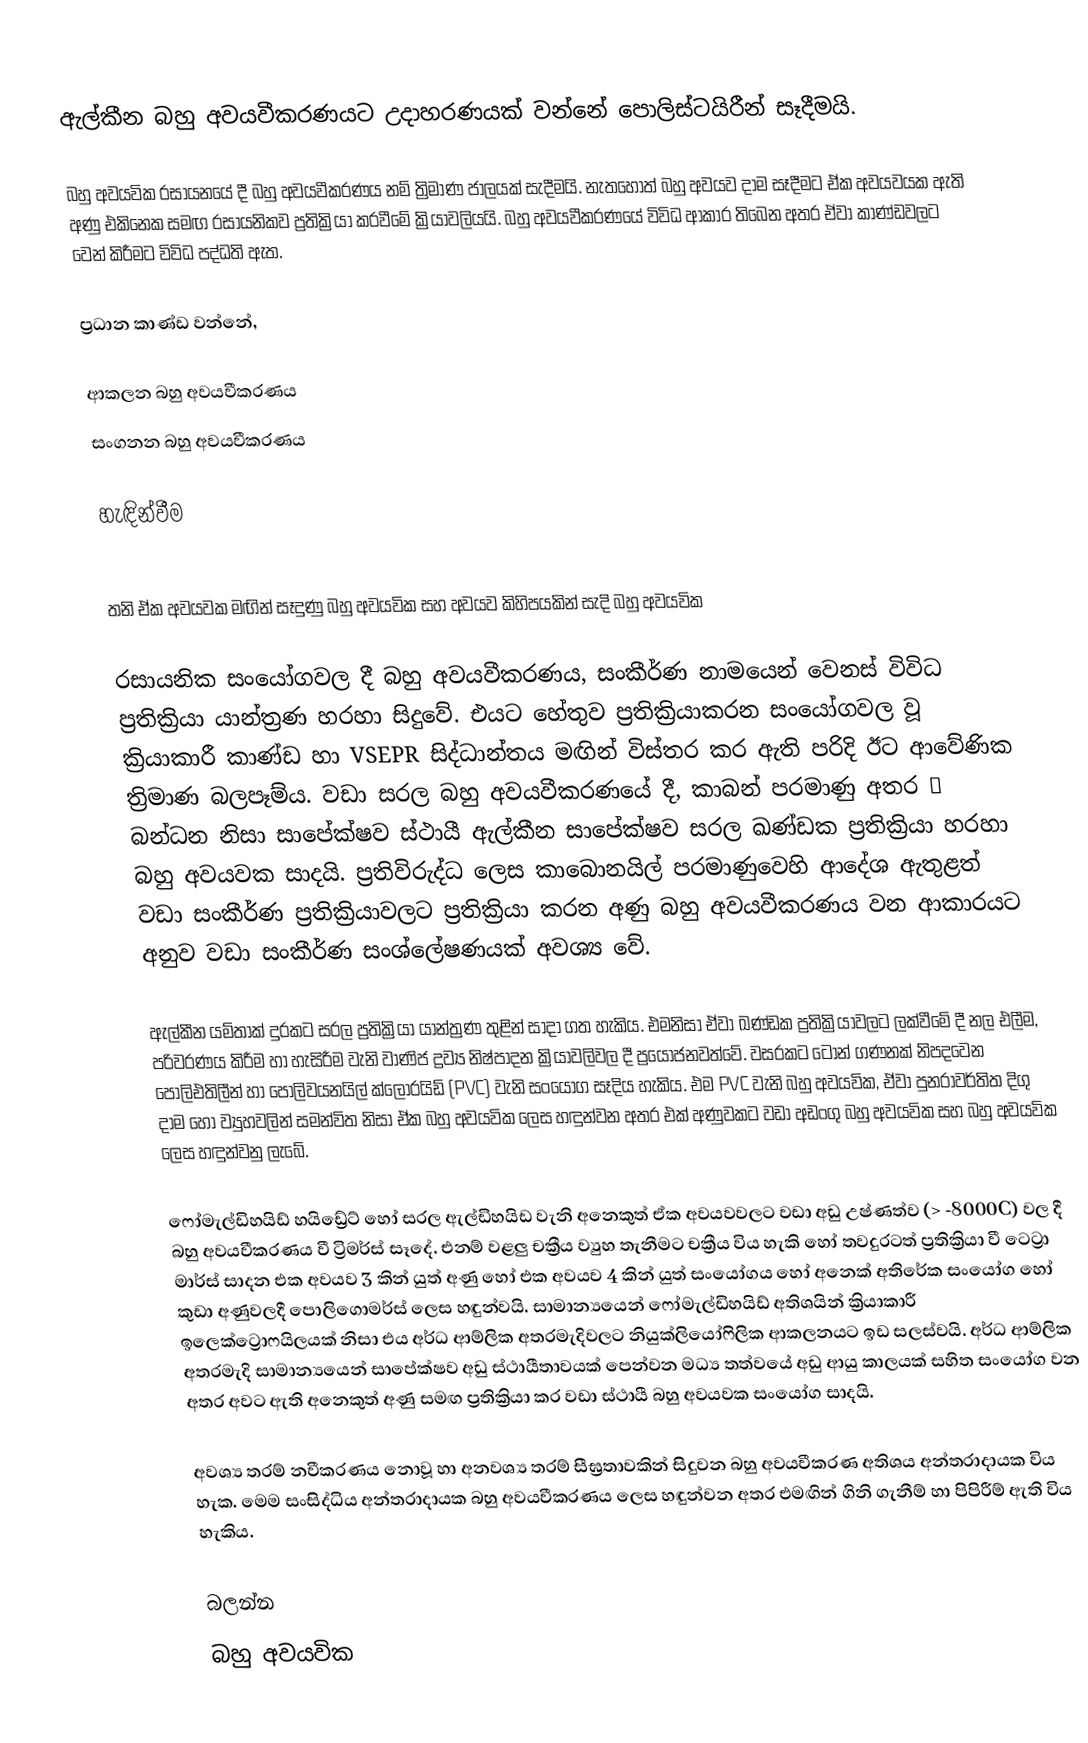
ඇල්කීන බහු අවයවීකරණයට උදාහරණයක් වන්නේ පොලිස්ටයිරීන් සෑදීමයි.

බහු අවයවික රසායනයේ දී බහු අවයවීකරණය නම් ත්‍රිමාණ ජාලයක් සැදීමයි. නැතහොත් බහු අවයව දාම සෑදීමට ඒක අවයවයක ඇති අණු එකිනෙක සමඟ රසායනිකව ප්‍රතික්‍රියා කරවීමේ ක්‍රියාවලියයි. බහු අවයවීකරණයේ විවිධ ආකාර තිබෙන අතර ඒවා කාණ්ඩවලට වෙන් කිරීමට විවිධ පද්ධති ඇත.

ප්‍රධාන කාණ්ඩ වන්නේ,

ආකලන බහු අවයවීකරණය
 සංගනන බහු අවයවීකරණය

හැඳින්වීම

තනි ඒක අවයවක මඟින් සෑදුණු බහු අවයවික සහ අවයව කිහිපයකින් සැදි බහු අවයවික

රසායනික සංයෝගවල දී බහු අවයවීකරණය, සංකීර්ණ නාමයෙන් වෙනස් විවිධ ප්‍රතික්‍රියා යාන්ත්‍රණ හරහා සිදුවේ. එයට හේතුව ප්‍රතික්‍රියාකරන සංයෝගවල වූ ක්‍රියාකාරී කාණ්ඩ හා VSEPR සිද්ධාන්තය මඟින් විස්තර කර ඇති පරිදි ඊට ආවේණික ත්‍රිමාණ බලපෑම්ය. වඩා සරල බහු අවයවීකරණයේ දී, කාබන් පරමාණු අතර σ බන්ධන නිසා සාපේක්ෂව ස්ථායී ඇල්කීන සාපේක්ෂව සරල ඛණ්ඩක ප්‍රතික්‍රියා හරහා බහු අවයවක සාදයි. ප්‍රතිවිරුද්ධ ලෙස කාබොනයිල් පරමාණුවෙහි ආදේශ ඇතුළත් වඩා සංකීර්ණ ප්‍රතික්‍රියාවලට ප්‍රතික්‍රියා කරන අණු බහු අවයවීකරණය වන ආකාරයට අනුව වඩා සංකීර්ණ සංශ්ලේෂණයක් අවශ්‍ය වේ.

ඇල්කීන යම්තාක් දුරකට සරල ප්‍රතික්‍රියා යාන්ත්‍රණ තුළින් සාදා ගත හැකිය. එමනිසා ඒවා ඛණ්ඩක ප්‍රතික්‍රියාවලට ලක්වීමේ දී නල එලීම, පරිවරණය කිරීම හා හැසිරීම වැනි වාණිජ ද්‍රව්‍ය නිෂ්පාදන ක්‍රියාවලිවල දී ප්‍රයෝජනවත්වේ. වසරකට ටොන් ගණනක් නිපදවෙන පොලිඑතිලීන් හා පොලිවයනයිල් ක්ලෝරයිඩ් (PVC) වැනි සංයෝග සෑදිය හැකිය. එම PVC වැනි බහු අවයවික, ඒවා පුනරාවර්තිත දිගු දාම හෝ ව්‍යුහවලින් සමන්විත නිසා ඒක බහු අවයවික ලෙස හඳුන්වන අතර එක් අණුවකට වඩා අඩංගු බහු අවයවික සහ බහු අවයවික ලෙස හඳුන්වනු ලැබේ.

ෆෝමැල්ඩිහයිඩ් හයිඩ්‍රේට් හෝ සරල ඇල්ඩිහයිඩ වැනි අනෙකුත් ඒක අවයවවලට වඩා අඩු උෂ්ණත්ව (> -8000C) වල දී බහු අවයවීකරණය වී ට්‍රිමර්ස් සෑදේ. එනම් වළලු චක්‍රීය ව්‍යුහ තැනීමට චක්‍රීය විය හැකි හෝ තවදුරටත් ප්‍රතික්‍රියා වී ටෙට්‍රා මාර්ස් සාදන එක අවයව 3 කින් යුත් අණු හෝ එක අවයව 4 කින් යුත් සංයෝගය හෝ අනෙක් අතිරේක සංයෝග හෝ කුඩා අණුවලදී පොලිගොමර්ස් ලෙස හඳුන්වයි. සාමාන්‍යයෙන් ෆෝමැල්ඩිහයිඩ් අතිශයින් ක්‍රියාකාරී ඉලෙක්ට්‍රොෆයිලයක් නිසා එය අර්ධ ආම්ලික අතරමැදිවලට නියුක්ලියෝෆිලික ආකලනයට ඉඩ සලස්වයි. අර්ධ ආම්ලික අතරමැදි සාමාන්‍යයෙන් සාපේක්ෂව අඩු ස්ථායීතාවයක් පෙන්වන මධ්‍ය තත්වයේ අඩු ආයු කාලයක් සහිත සංයෝග වන අතර අවට ඇති අනෙකුත් අණු සමඟ ප්‍රතික්‍රියා කර වඩා ස්ථායී බහු අවයවක සංයෝග සාදයි.

අවශ්‍ය තරම් නවීකරණය නොවූ හා අනවශ්‍ය තරම් සීඝ්‍රතාවකින් සිදුවන බහු අවයවීකරණ අතිශය අන්තරාදායක විය හැක. මෙම සංසිද්ධිය අන්තරාදායක බහු අවයවීකරණය ලෙස හඳුන්වන අතර එමඟින් ගිනි ගැනීම් හා පිපිරීම් ඇති විය හැකිය.

බලන්න
බහු අවයවික